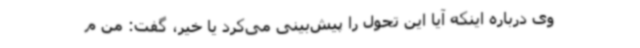
وی درباره اینکه آیا این تحول را پیش‌بینی می‌کرد یا خیر، گفت: من م